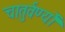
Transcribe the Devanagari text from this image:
चातुर्वर्ण्यों